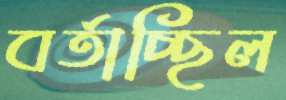
বর্তাচ্ছিল